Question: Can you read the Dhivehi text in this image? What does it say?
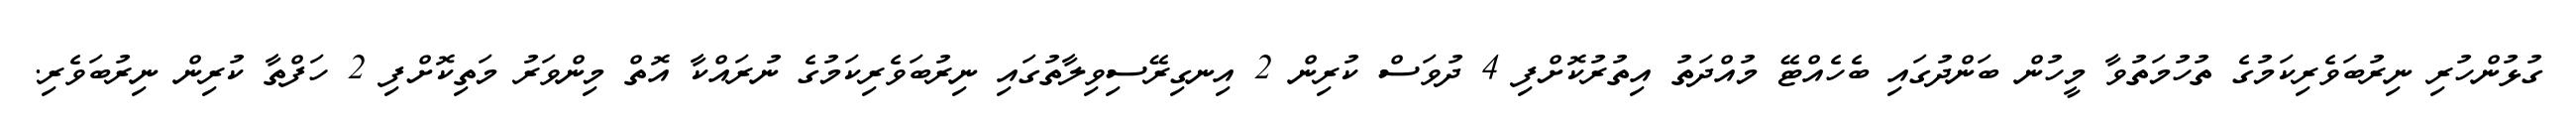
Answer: ގުޅުންހުރި ނިރުބަވެރިކަމުގެ ތުހުމަތުވާ މީހުން ބަންދުގައި ބެހެއްޓޭ މުއްދަތު އިތުރުކޮށްފި 4 ދުވަސް ކުރިން 2 އިނގިރޭސިވިލާތުގައި ނިރުބަވެރިކަމުގެ ނުރައްކާ އޮތް މިންވަރު މަތިކޮށްފި 2 ހަފްތާ ކުރިން ނިރުބަވެރި.